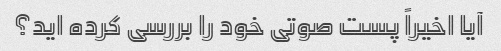
آیا اخیراً پست صوتی خود را بررسی کرده اید؟